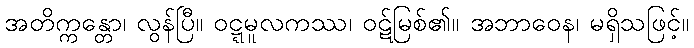
အတိက္ကန္တော၊ လွန်ပြီ။ ဝဋ္ဋမူလကဿ၊ ဝဋ်မြစ်၏။ အဘာဝေန၊ မရှိသဖြင့်။